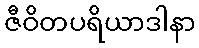
ဇီဝိတပရိယာဒါနာ